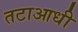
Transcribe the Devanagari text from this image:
तटाआधी